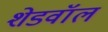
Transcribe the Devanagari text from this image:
शेडवॉल